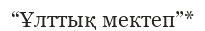
“Ұлттық мектеп”*